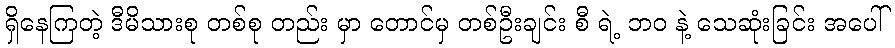
ရှိနေကြတဲ့ ဒီမိသားစု တစ်စု တည်း မှာ တောင်မှ တစ်ဦးချင်း စီ ရဲ့ ဘဝ နဲ့ သေဆုံးခြင်း အပေါ်